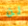
لن